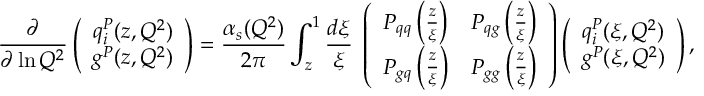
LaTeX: \frac { \partial } { \partial \ln Q ^ { 2 } } \left( \begin{array} { c } { { q _ { i } ^ { P } ( z , Q ^ { 2 } ) } } \\ { { g ^ { P } ( z , Q ^ { 2 } ) } } \end{array} \right) = \frac { \alpha _ { s } ( Q ^ { 2 } ) } { 2 \pi } \int _ { z } ^ { 1 } { \frac { d \xi } { \xi } } \; \left( \begin{array} { c c } { { P _ { q q } \left( { \frac { z } { \xi } } \right) } } & { { P _ { q g } \left( { \frac { z } { \xi } } \right) } } \\ { { P _ { g q } \left( { \frac { z } { \xi } } \right) } } & { { P _ { g g } \left( { \frac { z } { \xi } } \right) } } \end{array} \right) \left( \begin{array} { c } { { q _ { i } ^ { P } ( \xi , Q ^ { 2 } ) } } \\ { { g ^ { P } ( \xi , Q ^ { 2 } ) } } \end{array} \right) ,